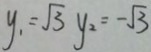
y _ { 1 } = \sqrt { 3 } y _ { 2 } = - \sqrt { 3 }